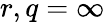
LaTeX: r,q=\infty